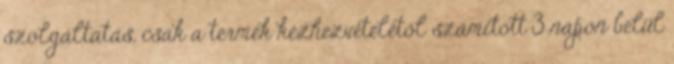
szolgáltatás, csak a termék kézhezvételétől számított 3 napon belül